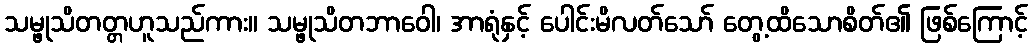
သမ္ဖုသိတတ္တဟူသည်ကား။ သမ္ဖုသိတဘာဝေါ၊ အာရုံနှင့် ပေါင်းမိလတ်သော် တွေ့ထိသောစိတ်၏ ဖြစ်ကြောင့်